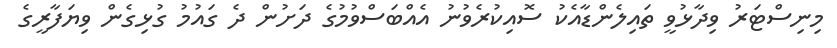
މިނިސްޓަރު ވިދާޅުވީ ތައިލެންޑާއެކު ސޮއިކުރެވުނު އެއްބަސްވުމުގެ ދަށުން ދެ ގައުމު ގުޅިގެން ވިޔަފާރީގެ